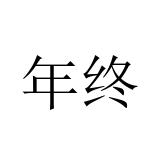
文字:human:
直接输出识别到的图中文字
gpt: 年终